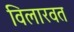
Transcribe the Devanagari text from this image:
विलारवत